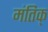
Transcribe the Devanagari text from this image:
मंतिक्‌